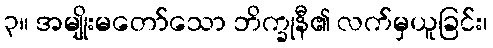
၃။ အမျိုးမတော်သော ဘိက္ခုနီ၏ လက်မှယူခြင်း၊